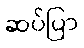
ဆပ်ပြာ